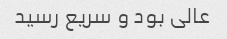
عالی بود و سریع رسید